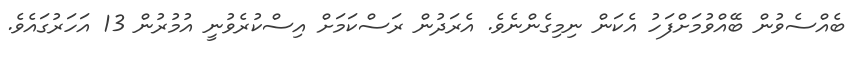
ބެއްސެވުން ބޭއްވުމަށްފަހު އެކަން ނިމިގެންނެވެ. އެރަދުން ރަސްކަމަށް އިސްކުރެވުނީ އުމުރުން 13 އަހަރުގައެވެ.